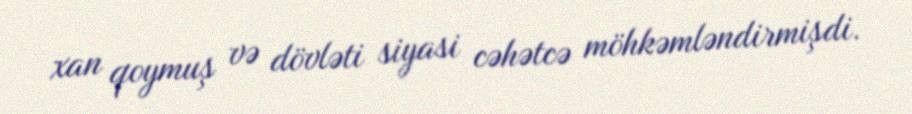
xan qoymuş və dövləti siyasi cəhətcə möhkəmləndirmişdi.